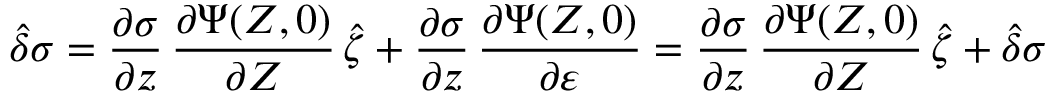
\boldsymbol { \hat { \delta } } \sigma = \frac { \partial \sigma } { \partial \boldsymbol z } \, \frac { \partial \boldsymbol { \Psi } ( \boldsymbol { Z } , 0 ) } { \partial \boldsymbol Z } \, \boldsymbol { \hat { \zeta } } + \frac { \partial \sigma } { \partial \boldsymbol z } \, \frac { \partial \boldsymbol { \Psi } ( \boldsymbol { Z } , 0 ) } { \partial \varepsilon } = \frac { \partial \sigma } { \partial \boldsymbol z } \, \frac { \partial \boldsymbol { \Psi } ( \boldsymbol { Z } , 0 ) } { \partial \boldsymbol Z } \, \boldsymbol { \hat { \zeta } } + \hat { \delta } \sigma